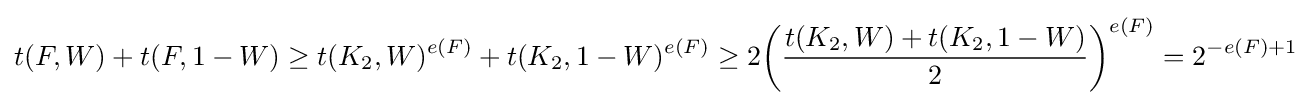
t(F,W)+t(F,1-W)\geq t(K_{2},W)^{e(F)}+t(K_{2},1-W)^{e(F)}\geq 2{\bigg (}{\frac {t(K_{2},W)+t(K_{2},1-W)}{2}}{\bigg )}^{e(F)}=2^{-e(F)+1}